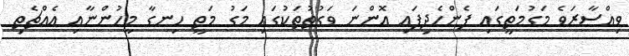
ވިއްސާރަވެ މަގުމަތީގައި ފެންހެދިފައި އޮންނަ ވަގުތުތަކުގައި މަގު މަތީ ހިނގާ މީހުންނާއި އެއްޗެތި